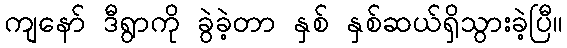
ကျနော် ဒီရွာကို ခွဲခဲ့တာ နှစ် နှစ်ဆယ်ရှိသွားခဲ့ပြီ။